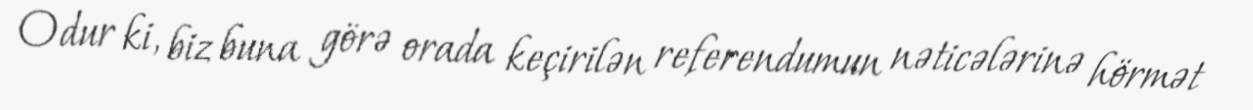
Odur ki, biz buna görə orada keçirilən referendumun nəticələrinə hörmət